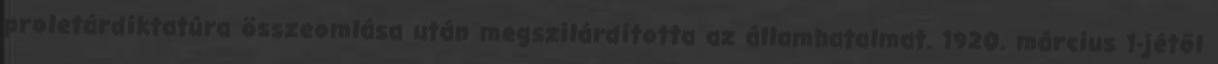
proletárdiktatúra összeomlása után megszilárdította az államhatalmat. 1920. március 1-jétől